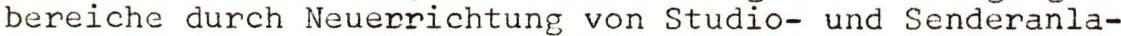
bereiche durch Neuerrichtung von Studio- und Senderanla-